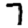
Digit: 7